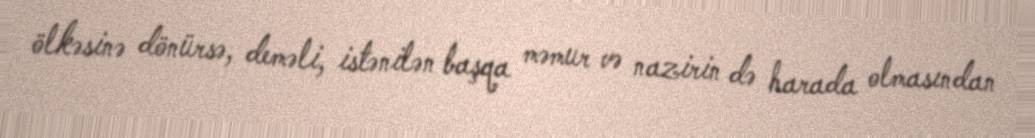
ölkəsinə dönürsə, deməli, istənilən başqa məmur və nazirin də harada olmasından